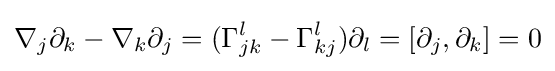
\nabla _{j}\partial _{k}-\nabla _{k}\partial _{j}=(\Gamma _{jk}^{l}-\Gamma _{kj}^{l})\partial _{l}=[\partial _{j},\partial _{k}]=0